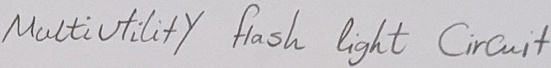
Text: Multiutility  flash  light   Circuit